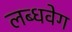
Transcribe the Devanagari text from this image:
लब्धवेग